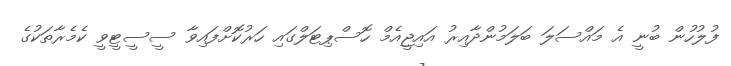
ފުލުހުން ބުނީ އެ މައްސަލަ ބަލަމުންދާއިރު އައިޖީއެމް ހޮސްޕިޓަލްގައި ހަރުކޮށްފައިވާ ސީސީޓީވީ ކެމެރާތަކުގެ